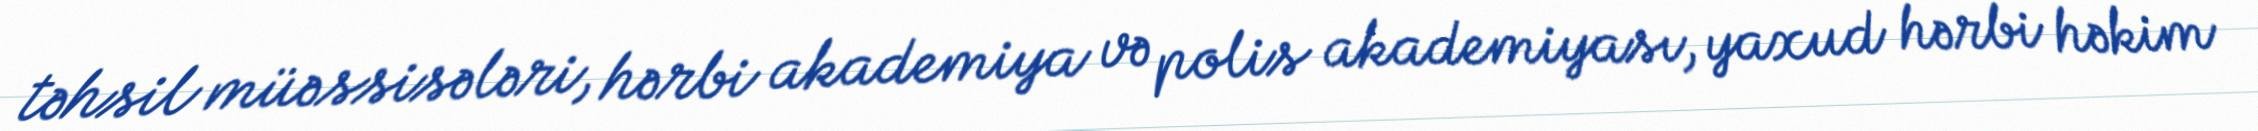
təhsil müəssisələri, hərbi akademiya və polis akademiyası, yaxud hərbi həkim